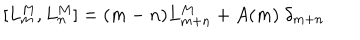
LaTeX: [ L _ { m } ^ { M } , L _ { n } ^ { M } ] = ( m - n ) L _ { m + n } ^ { M } + A ( m ) \; \delta _ { m + n }